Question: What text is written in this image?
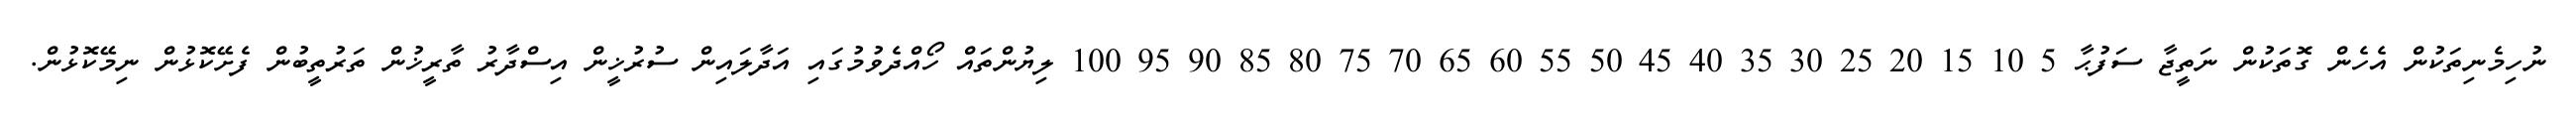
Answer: ނުހިމެނިތަކުން އެހެން ގޮތަކުން ނަތީޖާ ސަފުޙާ 5 10 15 20 25 30 35 40 45 50 55 60 65 70 75 80 85 90 95 100 ލިޔުންތައް ހޯއްދެވުމުގައި އަދާލައިން ސުރުޚީން އިސްދާރު ތާރީޚުން ތަރުތީބުން ފެށޭކޮޅުން ނިމޭކޮޅުން.